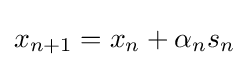
\displaystyle x_{n+1}=x_{n}+\alpha _{n}s_{n}